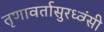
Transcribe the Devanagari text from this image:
तृणावर्तासुरध्वंसी